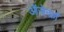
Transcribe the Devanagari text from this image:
ऑज़ेन्फ़्राँ